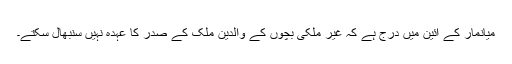
میانمار کے آئین میں درج ہے کہ غیر ملکی بچوں کے والدین ملک کے صدر کا عہدہ نہیں سنبھال سکتے۔